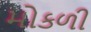
મોકળી